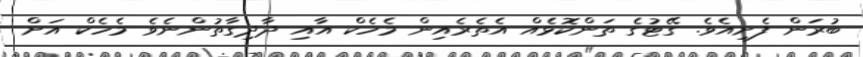
ބުރަން ފެށިއެވެ. ގޭޓުގެ ތަންކޮޅެއް އެތެރެއިން މެހެކް އާއި ދާދިގާތުންނެވެ މެހެކް އަށް